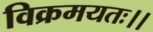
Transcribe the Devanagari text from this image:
विक्रमयतः।।